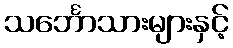
သင်္ဘောသားများနှင့်